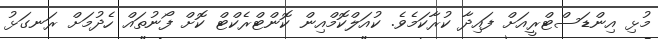
މުޅި އިންޑަސްޓްރީއަށް ފައިދާ ކުރާކަމެވެ. ކުއަލްކޮމްއިން ކޮންޓްރެކްޓް ކޮށް ފޯނުތައް ހެދުމަށް ރަނގަޅު